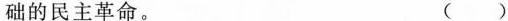
础的民主革命。 ()